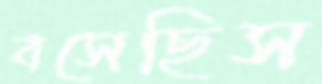
বসেছিস